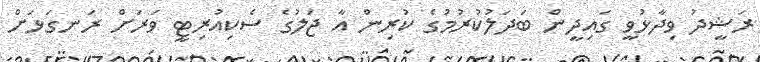
ރަޝީދު ވިދާޅުވީ ގައިދީން ބަދަލުކުރުމުގެ ކުރިން އާ ޖަލުގެ ސެކިއުރިޓީ ވަރަށް ރަނގަޅަށް